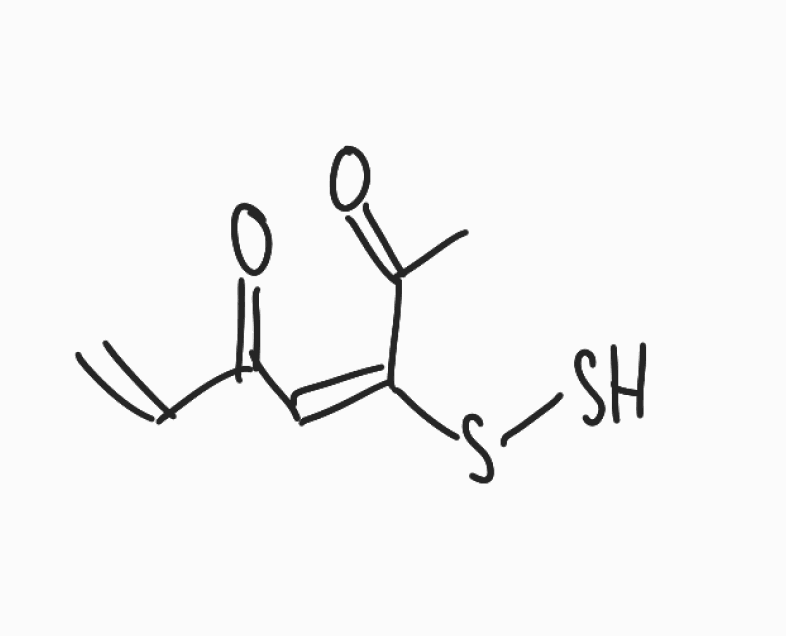
Simplified molecular-input line-entry system (SMILES) notation of the given molecule:
CC(=O)/C(=C\C(=O)C=C)/SS